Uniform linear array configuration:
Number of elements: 64
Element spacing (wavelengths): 0.5
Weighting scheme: uniform
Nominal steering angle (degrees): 15
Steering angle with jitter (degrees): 15.65
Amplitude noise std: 0.05
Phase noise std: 0.05

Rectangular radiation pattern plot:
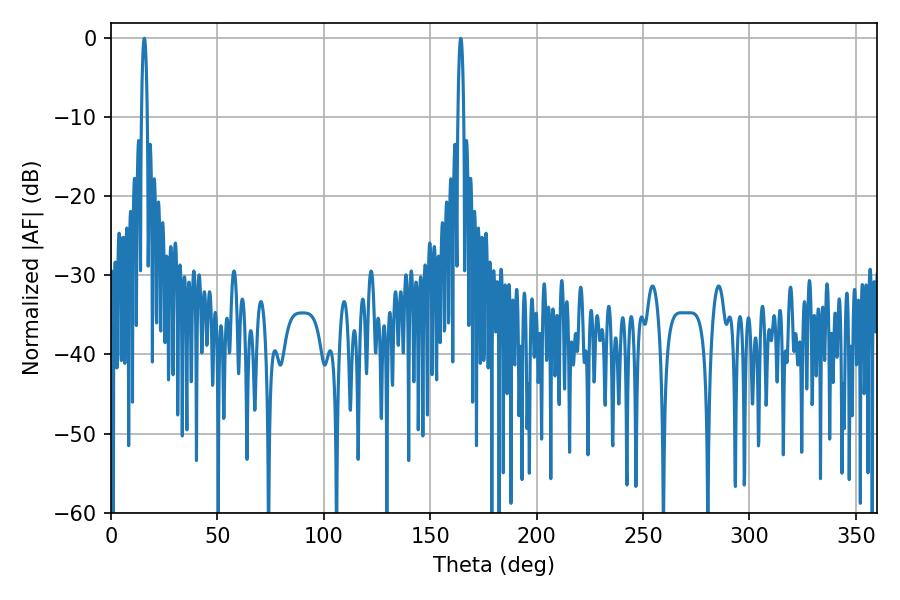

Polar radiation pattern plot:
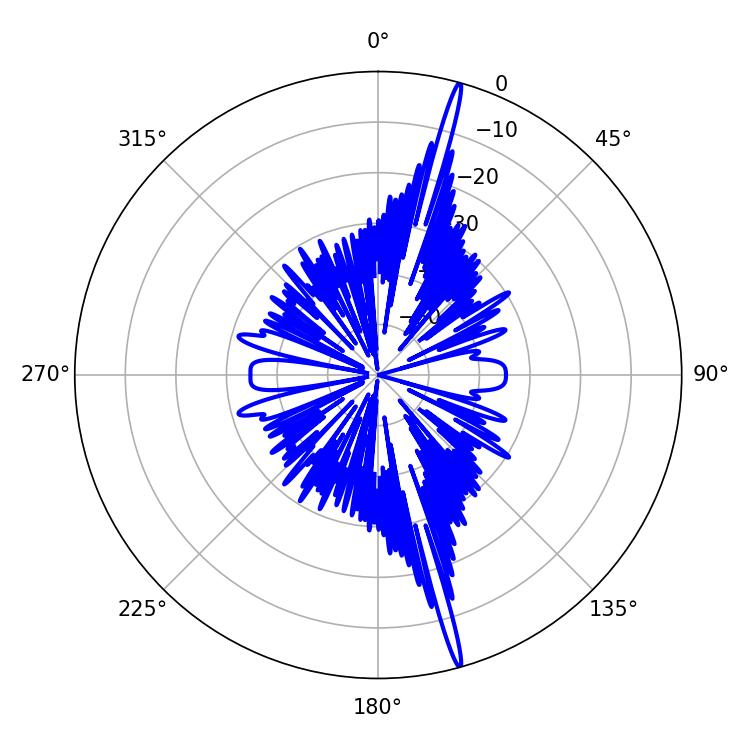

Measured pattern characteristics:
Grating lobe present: FALSE
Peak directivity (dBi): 20.612
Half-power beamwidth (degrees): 1.44
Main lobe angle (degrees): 164.34